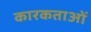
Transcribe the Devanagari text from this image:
कारकताओं